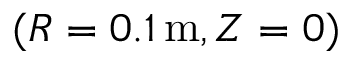
( R = 0 . 1 \, \mathrm { m } , Z = 0 )